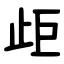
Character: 歫